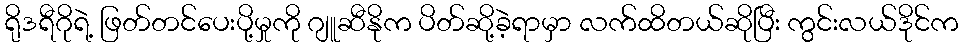
ရိုဒရီဂိုရဲ့ ဖြတ်တင်ပေးပို့မှုကို ဂျူဆီနိုက ပိတ်ဆို့ခဲ့ရာမှာ လက်ထိတယ်ဆိုပြီး ကွင်းလယ်ဒိုင်က